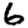
Digit: 6